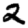
Digit: 2